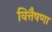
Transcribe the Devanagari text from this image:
वित्तैषणा